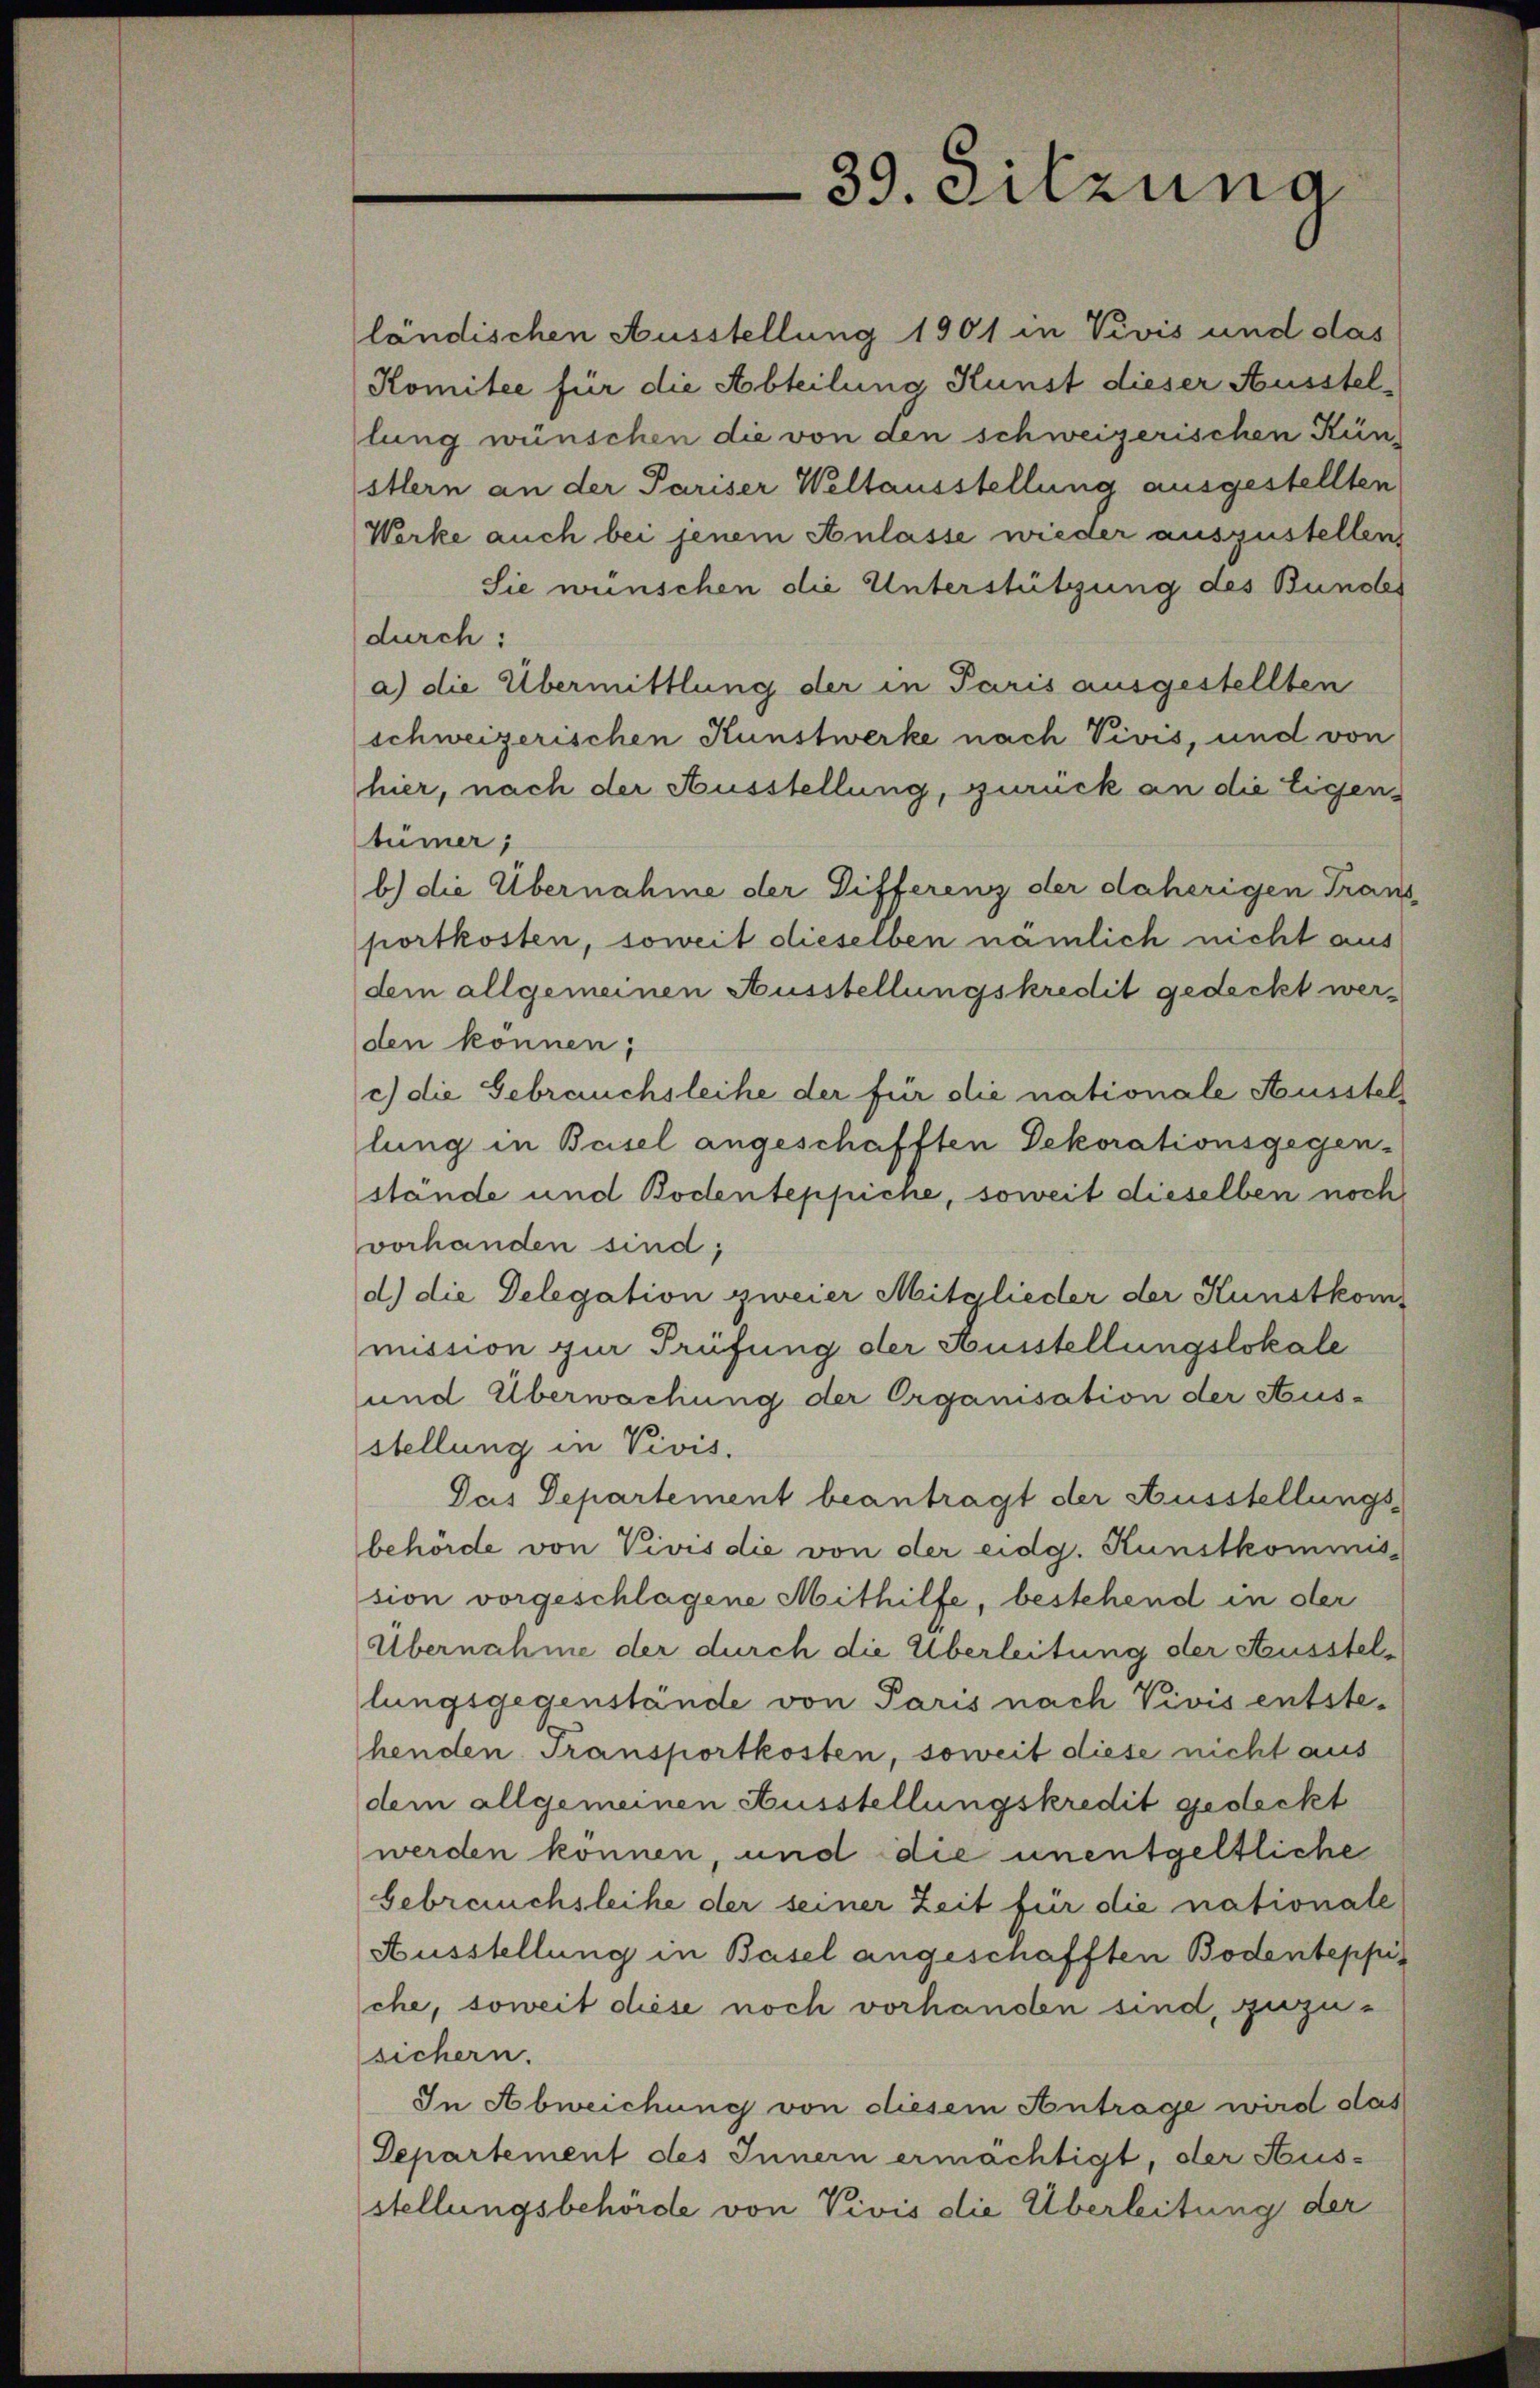
ländischen Ausstellung 1901 in Vevis und das
Komitee für die Abteilung Kunst dieser Ausstel-
lung wünschen die von den schweizerischen Künstlern an der Pariser Weltausstellung ausgestellten
Werke auch bei jenem Anlasse wieder auszustellen,
Sie wünschen die Unterstützung des Bundes
durch:
a) die Übermittlung der in Paris ausgestellten
schweizerischen Kunstwerke nach Vivis, und von
hier, nach der Ausstellung, zurück an die Eigen-
tümer,
b) die Übernahme der Differenz der daherigen Transportkosten, soweit dieselben nämlich nicht aus
dem allgemeinen Ausstellungskredit gedeckt werden können;
c) die Gebrauchsleihe der für die nationale Ausstel
lung in Basel angeschafften Dekorationsgegen-
stände und Bodenteppicne, soweit dieselben noch
vorhanden sind;
d.) die Delegation zweier Mitglieder der Kunstkommission zur Prüfung der Husstellungslokale
und Überwachung der Organisation der Aus-
stellung in Vivis.
Das Departement beantragt der Ausstellungsbehörde von Vivis die von der eidg. Kunstkommis
sion vorgeschlagene Mithilfe, bestehend in der
Übernahme der durch die Überleitung der Ausstellungsgegenstände von Paris nach Vivis entstehenden Transportkosten, soweit diese nicht aus
dem allgemeinen Ausstellungskredit gedeckt
werden können, und die unentgeltliche
Gebrauchsleihe der seiner Zeit für die nationale
Ausstellung in Basel angeschafften Bodenteppis
che, soweit diese noch vorhanden sind, zuzusichern.
In Abweichung von diesem Antrage wird das
Departement des Innern ermächtigt, der Hus-
stellungsbehörde von Vivis die Überleitung der

39. Sitzung